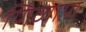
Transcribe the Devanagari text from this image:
णिव्वाण